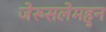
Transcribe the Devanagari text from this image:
जेरुसलेमहुन